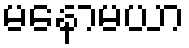
မနောမယာ